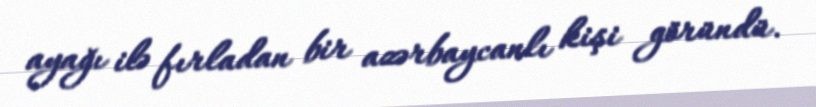
ayağı ilə fırladan bir azərbaycanlı kişi göründü.